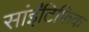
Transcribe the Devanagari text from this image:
सांईंटिफिक